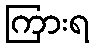
ကြားရ